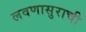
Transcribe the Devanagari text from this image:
लवणासुराची